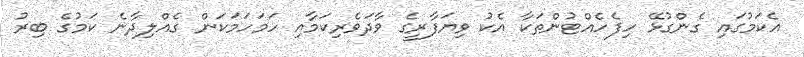
އެކަމުގައި ގެންގުޅޭ ހިފެހެއްޓުންތަކާ އެކު ވިޔަފާރީގެ ވާދަވެރިކަމާއި ހަމަހަމަކަން ގެއްލިދާނެ ކަމުގެ ބިރު